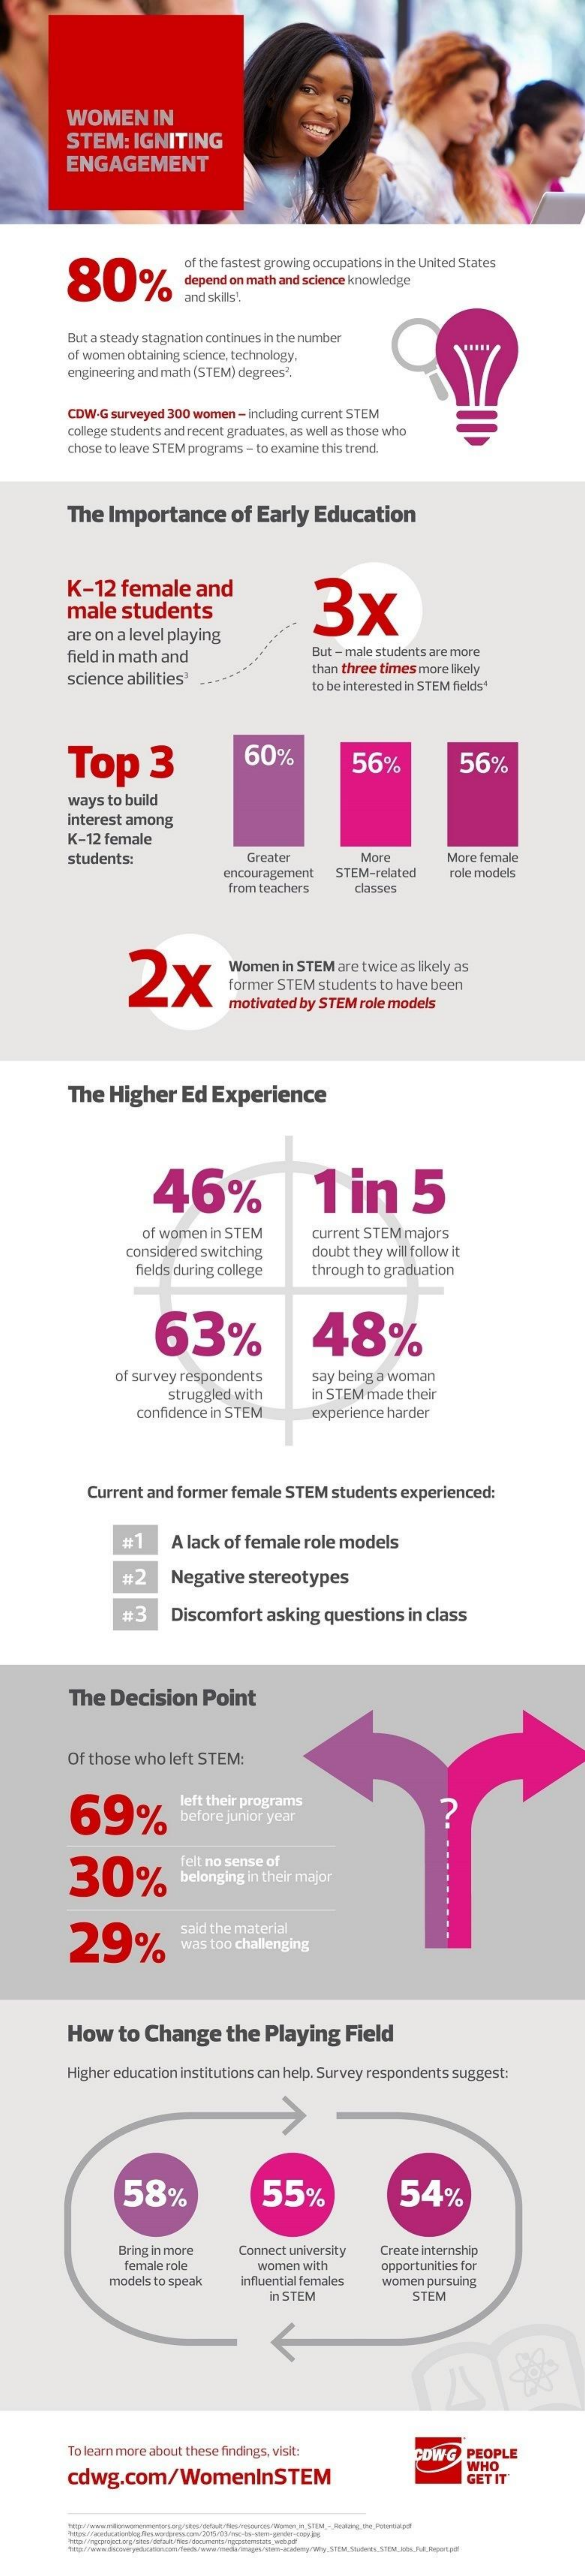
WOMEN    IN
     STEM:    IGNITING
     ENGAGEMENT
     80%
     of the fastest growing occupations in the United States
     depend on math and science knowledge
     and skils!
     But a steady stagnation continues in the number
     of women obtaining science, technology.
     engineering and math (STEM) degrees'.
     CDW.G surveyed 300 women - including current STEM
     college students and recent graduates, as well as those who
     chose to leave STEM programs - to examine this trend.
     The  Importance    of Early   Education
     K-12   female    and
     male    students    3x
     are on a level playing
     field in math and    But - male students are more
     science abilities'
     than three times more likely
     to be interested in STEM fields"
     Top    3    60%    56%    56%
     ways to build
     interest among
     K-12 female
     students:    Greater    More    More female
     encouragement  STEM-related    role models
     from teachers    classes
     2x    Women  in STEM are twice as likely as
     former STEM students to have been
     motivated by STEM role models
     The  Higher    Ed  Experience
     46%    1   in    5
     of women in STEM    current STEM majors
     considered switching    doubt they will follow it
     fields during college  through to graduation
     63%    48%
     of survey respondents    say being a woman
     struggled with    in STEM made their
     confidence in STEM    experience harder
     Current and former female  STEM  students experienced:
     A lack of female  role models
     Negative  stereotypes
     #3    Discomfort   asking  questions  in class
     The  Decision    Point
     Of those who left STEM:
     69%
     left their programs
     before junior year    ?
     30%
     felt no sense of
     belonging in their major
     29%
     said the material
     was too challenging
     How    to Change    the  Playing   Field
     Higher education institutions can help. Survey respondents suggest:
     58%    55%    54%
     Bring in more   Connect university Create internship
     female role    women with
     models to speak   influential females
     opportunities for
     women pursuing
     in STEM    STEM
     To learn more about these findings, visit:    CDWG   PEOPLE
     cdwg.com/WomenInSTEM
     WHO GETIT